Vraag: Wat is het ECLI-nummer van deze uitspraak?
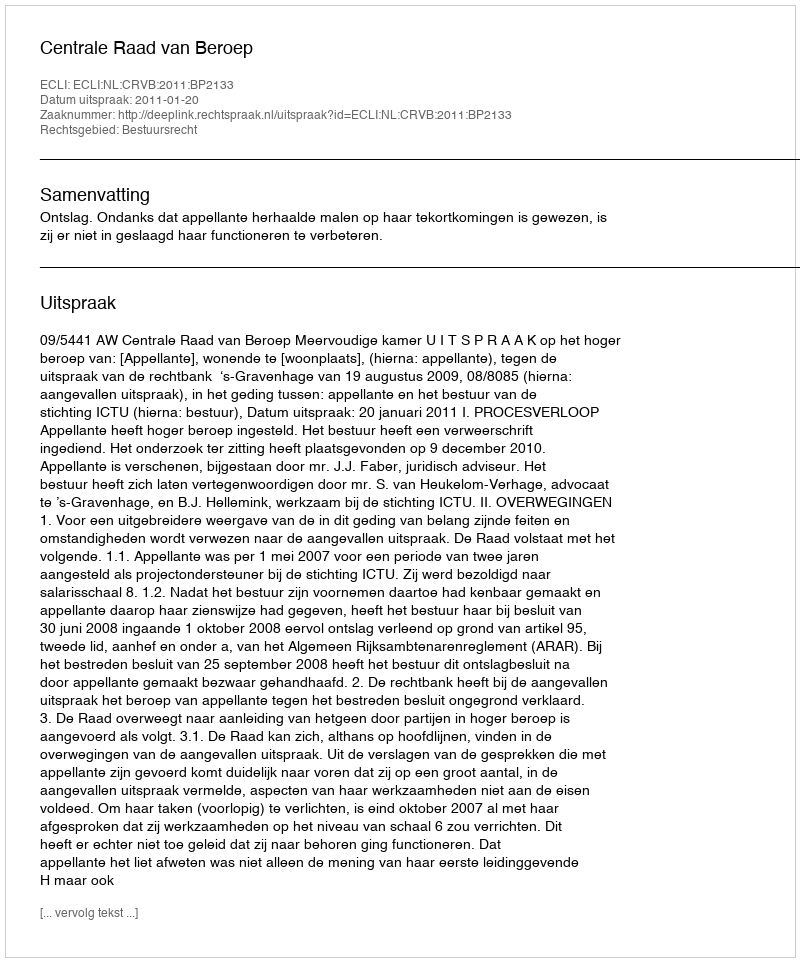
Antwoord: ECLI:NL:CRVB:2011:BP2133